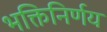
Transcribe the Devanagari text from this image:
भक्तिनिर्णय